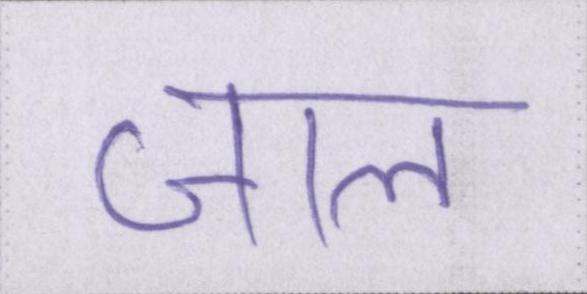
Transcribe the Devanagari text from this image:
जाल